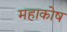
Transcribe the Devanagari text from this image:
महाकोष